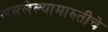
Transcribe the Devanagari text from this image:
असलेल्यामारुतीचे